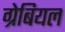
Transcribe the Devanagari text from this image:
ग्रेबियल